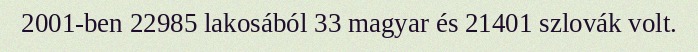
2001-ben 22985 lakosából 33 magyar és 21401 szlovák volt.